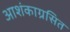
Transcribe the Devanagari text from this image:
आशंकाग्रसित